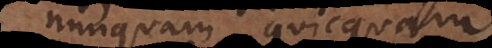
nunquam quicquam